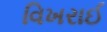
વિખરાઈ